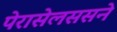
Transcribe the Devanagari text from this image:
पेरासेलससने